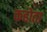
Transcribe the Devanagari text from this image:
कहोता